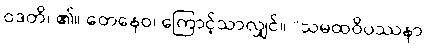
ဝဒတိ၊ ၏။ တေနေဝ၊ ကြောင့်သာလျှင်။ “သမထဝိပဿနာ